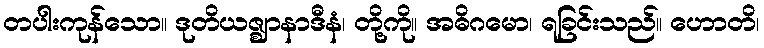
တပါးကုန်သော။ ဒုတိယဇ္ဈာနာဒီနံ၊ တို့ကို။ အဓိဂမော၊ ရခြင်းသည်။ ဟောတိ၊